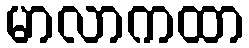
မာလာကထာ